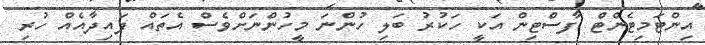
އިންޓަމިޓެންޓް ފާސްޓިން އަކީ ހަކުރު ބަލި ހުންނަ މީހުންނަށްވެސް އެތައް ފައިދާއެއް ހުރި